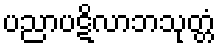
ပညာပဋိလာဘသုတ္တံ